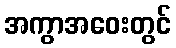
အကွာအဝေးတွင်